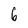
Character: 6